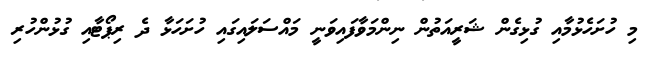
މި ހުށަހެޅުމާއި ގުޅިގެން ޝަރީއަތުން ނިންމަވާފައިވަނީ މައްސަލައިގައި ހުށަހަޅާ ދެ ރިޕޯޓާއި ގުޅުންހުރި